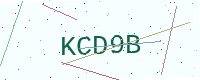
Text: KCD9B